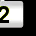
Digit: 2